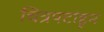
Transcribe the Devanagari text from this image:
चित्रपटांहून